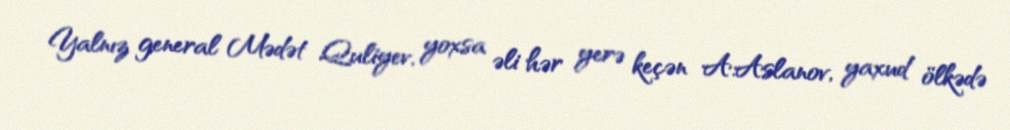
Yalnız general Mədət Quliyev, yoxsa əli hər yerə keçən A.Aslanov, yaxud ölkədə